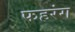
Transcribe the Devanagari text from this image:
फहरंग